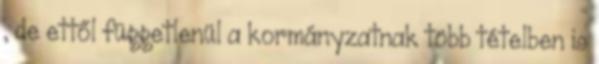
, de ettől függetlenül a kormányzatnak több tételben is